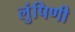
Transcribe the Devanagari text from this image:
लुंपिणी